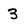
Character: 3